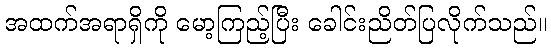
အထက်အရာရှိကို မော့ကြည့်ပြီး ခေါင်းညိတ်ပြလိုက်သည်။